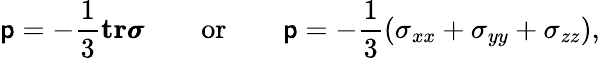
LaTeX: \mathsf{p}=-\frac{{1}}{{3}}\mathbf{{tr}}\pmb{\sigma}\qquad\textnormal{or}\qquad\mathsf{p}=-\frac{{1}}{{3}}\left(\sigma_{xx}+\sigma_{yy}+\sigma_{zz}\right),